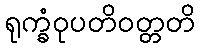
ရုက္ခံဝုပတိဝတ္တတိ